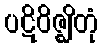
ပဋိဝိဇ္ဈိတုံ